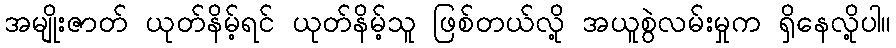
အမျိုးဇာတ် ယုတ်နိမ့်ရင် ယုတ်နိမ့်သူ ဖြစ်တယ်လို့ အယူစွဲလမ်းမှုက ရှိနေလို့ပါ။